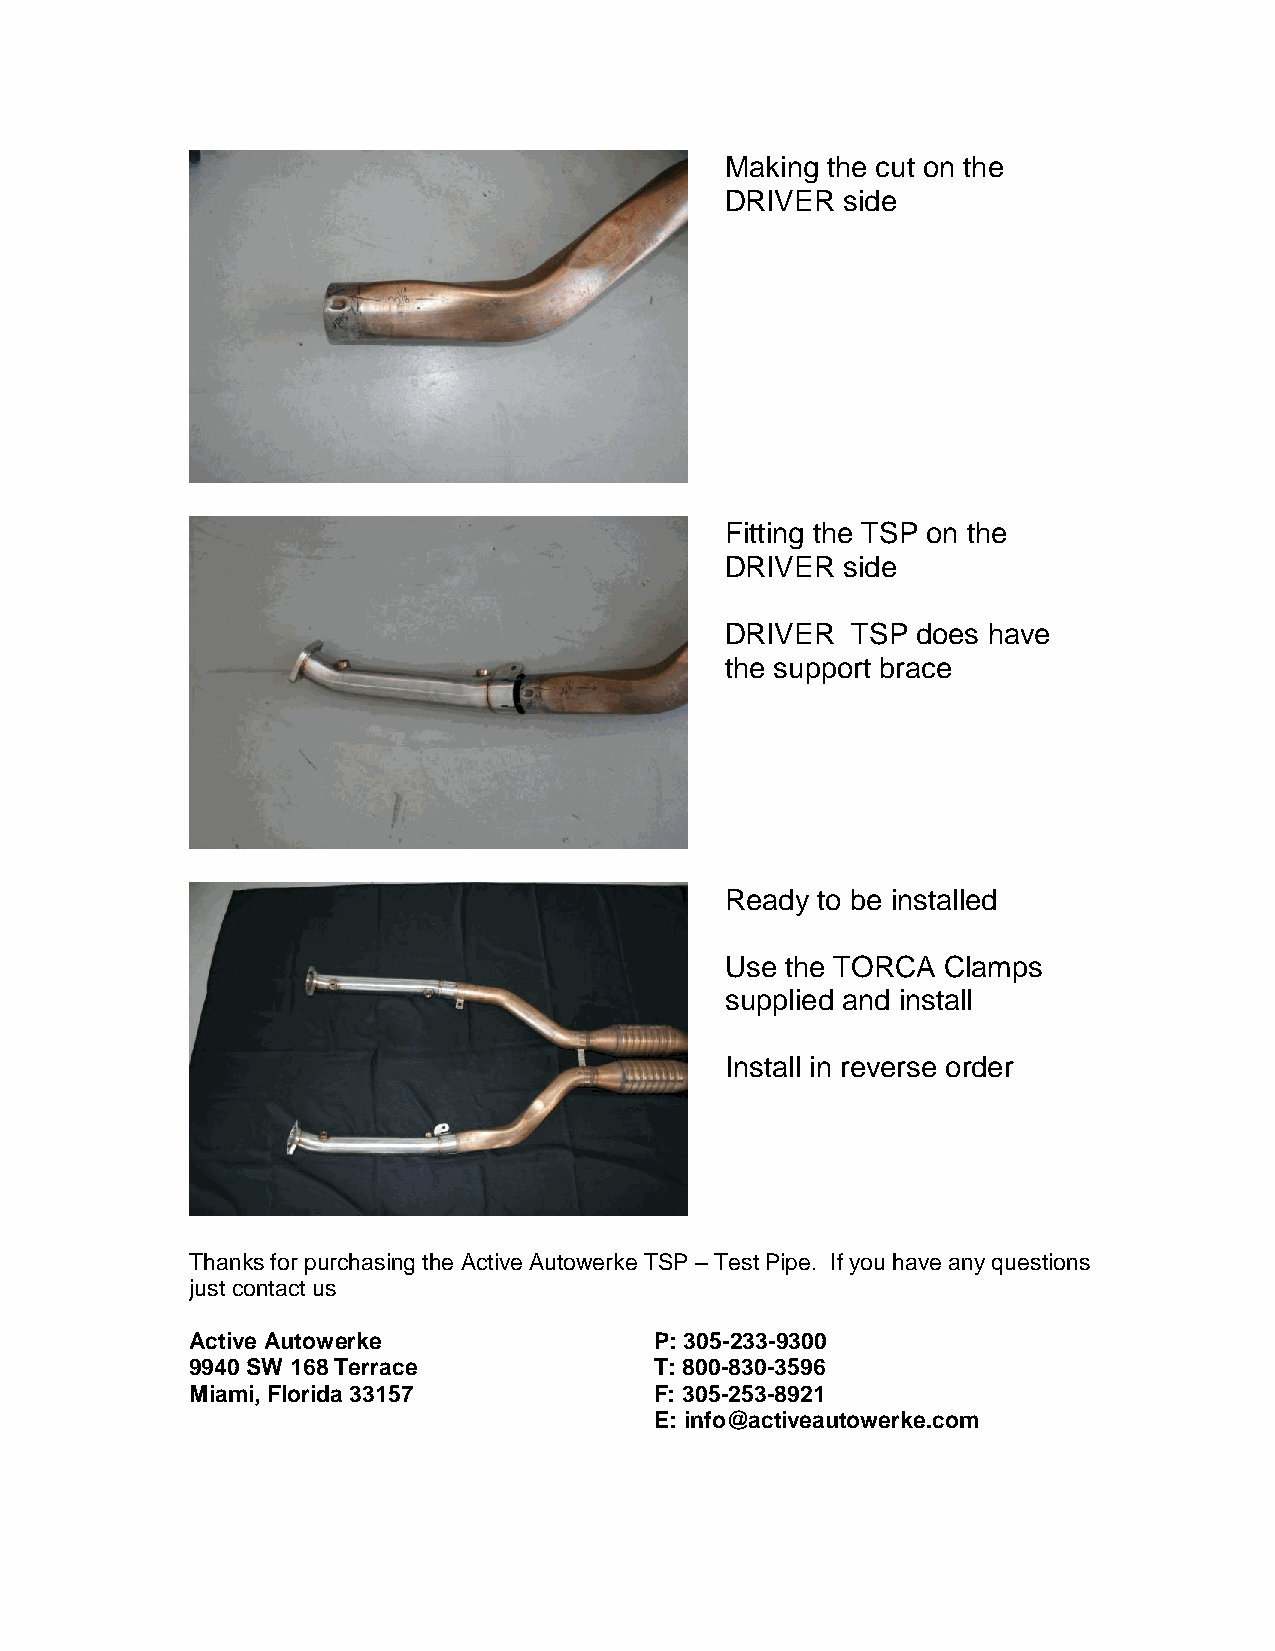
Making the cut on the
 DRIVER  side
 Fitting the TSP on the
 DRIVER  side
 DRIVER  TSP  does have
 the support brace
 Ready to be installed
 Use the TORCA Clamps
 supplied and install
 Install in reverse order
 Thanks for purchasing the Active Autowerke TSP – Test Pipe. If you have any questions
 just contact us
 Active Autowerke              P: 305-233-9300
 9940 SW 168 Terrace           T: 800-830-3596
 Miami, Florida 33157          F: 305-253-8921
 E: info@activeautowerke.com